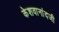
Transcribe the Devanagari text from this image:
केशवानांदजी